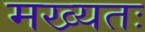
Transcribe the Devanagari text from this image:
मख्यतः